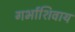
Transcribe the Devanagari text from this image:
गर्भाशिवाय